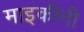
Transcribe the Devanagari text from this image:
माइकीनी